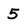
Character: 5